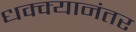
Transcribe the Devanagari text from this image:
धक्क्यानंतर